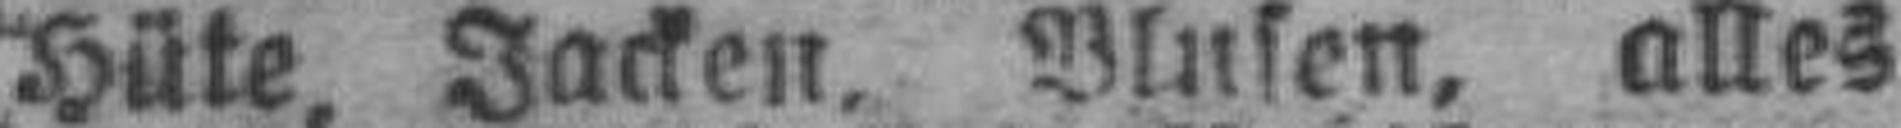
Hüte, Jacken, Blusen, alles